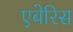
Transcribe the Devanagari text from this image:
एबेरिस